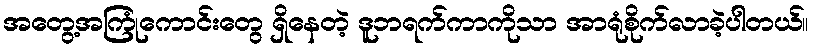
အတွေ့အကြုံကောင်းတွေ ရှိနေတဲ့ ဒူဘရက်ကာကိုသာ အာရုံစိုက်လာခဲ့ပါတယ်။